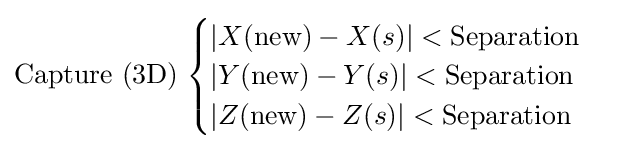
{\text{Capture (3D)}}\;{\begin{cases}\left\vert X({\text{new}})-X(s)\right\vert <{\text{Separation}}\\\left\vert Y({\text{new}})-Y(s)\right\vert <{\text{Separation}}\\\left\vert Z({\text{new}})-Z(s)\right\vert <{\text{Separation}}\end{cases}}